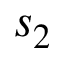
s _ { 2 }